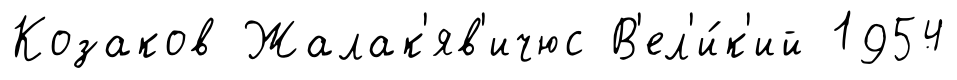
Козаков Жалак'яв'ичюс В'ел'и́к'ий 1954